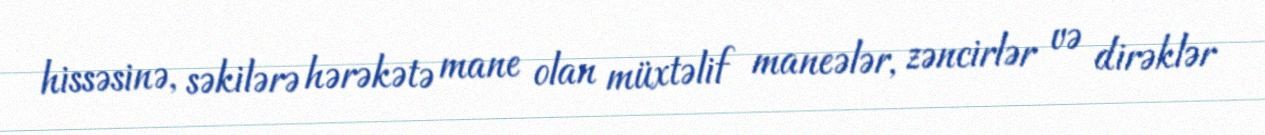
hissəsinə, səkilərə hərəkətə mane olan müxtəlif maneələr, zəncirlər və dirəklər